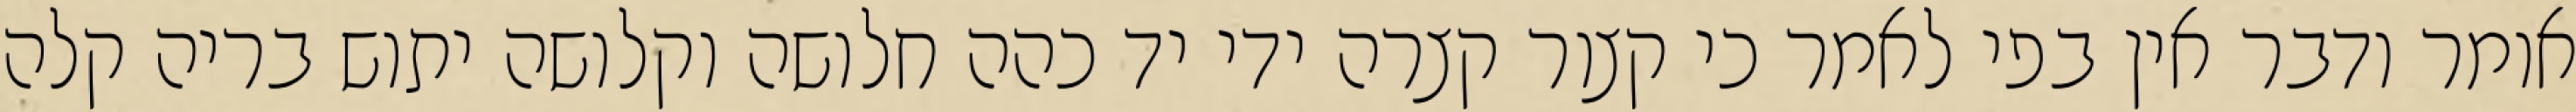
אומר ודבר אין בפי לאמר כי קצור קצרה ידי יד כהה חלושה וקלושה יתוש בריה קלה